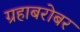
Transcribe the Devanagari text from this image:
ग्रहाबरोबर